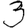
Digit: 3